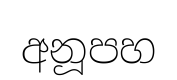
අනූපහ